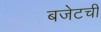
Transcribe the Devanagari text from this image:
बजेटची